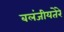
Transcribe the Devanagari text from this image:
बलंजीयतेरे